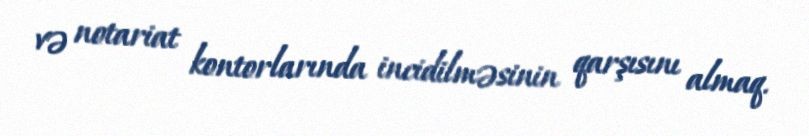
və notariat kontorlarında incidilməsinin qarşısını almaq.